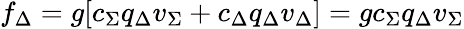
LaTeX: f_{\Delta}=g[c_{\Sigma}q_{\Delta}v_{\Sigma}+c_{\Delta}q_{\Delta}v_{\Delta}]=gc_{\Sigma}q_{\Delta}v_{\Sigma}